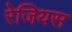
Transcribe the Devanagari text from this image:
रेजियस